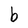
Character: b